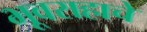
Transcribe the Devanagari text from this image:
भूवराहाचे